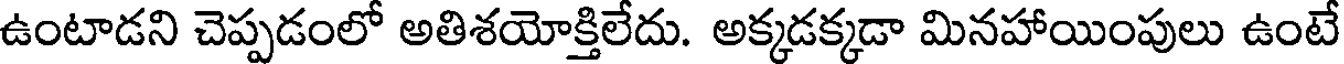
ఉంటాడని చెప్పడంలో అతిశయోక్తిలేదు. అక్కడక్కడా మినహాయింపులు ఉంటే